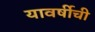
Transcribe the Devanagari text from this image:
यावर्षीची